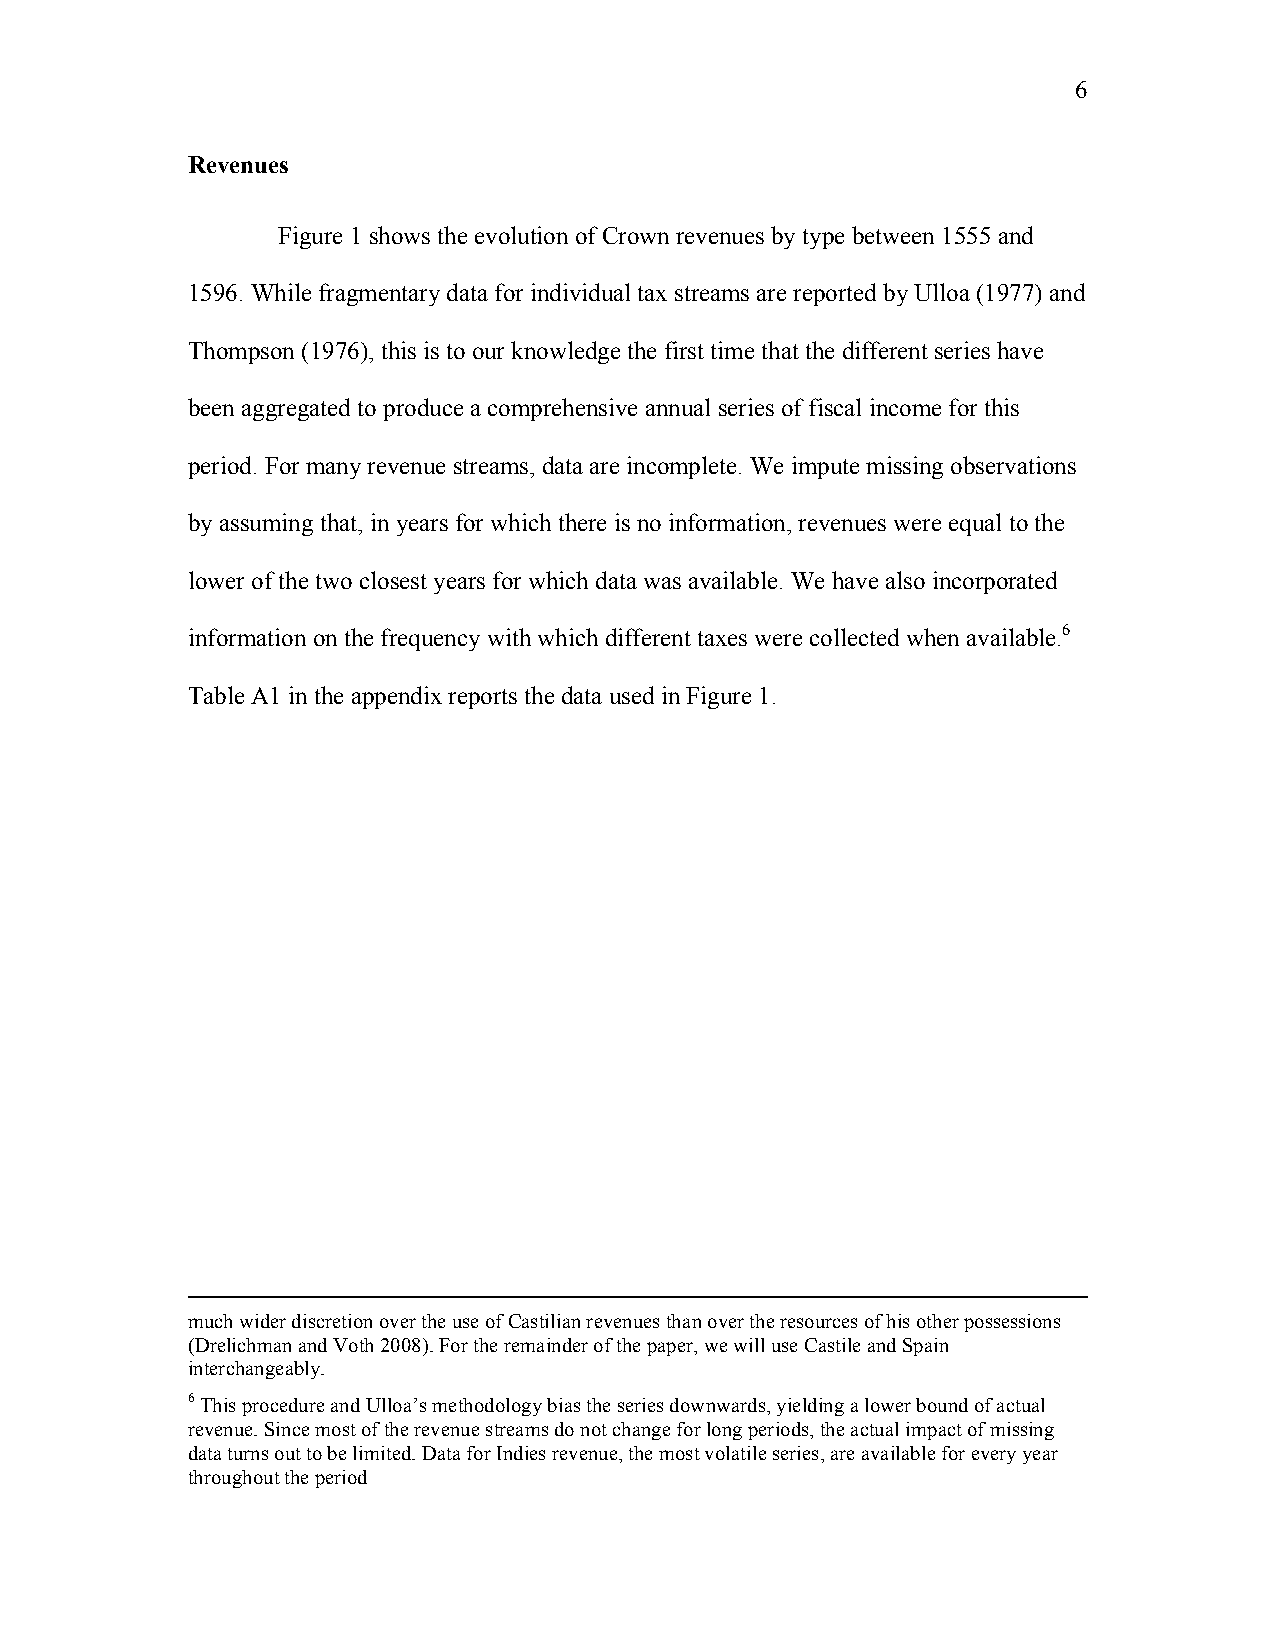
6
 Revenues
 Figure 1 shows the evolution of Crown revenues by type between 1555 and
 1596. While fragmentary data for individual tax streams are reported by Ulloa (1977) and
 Thompson (1976), this is to our knowledge the first time that the different series have
 been aggregated to produce a comprehensive annual series of fiscal income for this
 period. For many revenue streams, data are incomplete. We impute missing observations
 by assuming that, in years for which there is no information, revenues were equal to the
 lower of the two closest years for which data was available. We have also incorporated
 information on the frequency with which different taxes were collected when available.6
 Table A1 in the appendix reports the data used in Figure 1.
 much wider discretion over the use of Castilian revenues than over the resources of his other possessions
 (Drelichman and Voth 2008). For the remainder of the paper, we will use Castile and Spain
 interchangeably.
 6 This procedure and Ulloa’s methodology bias the series downwards, yielding a lower bound of actual
 revenue. Since most of the revenue streams do not change for long periods, the actual impact of missing
 data turns out to be limited. Data for Indies revenue, the most volatile series, are available for every year
 throughout the period